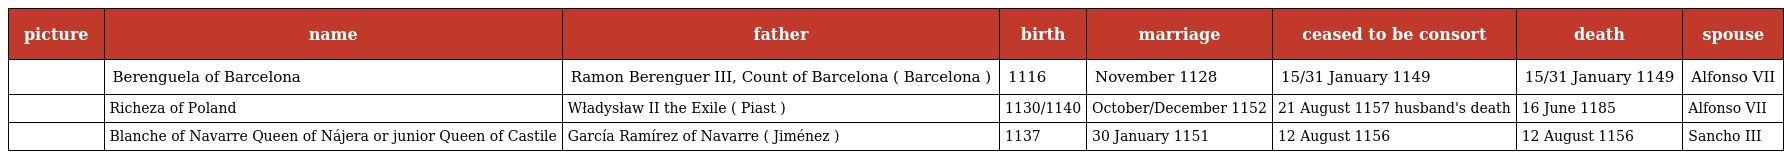
| picture | name | father | birth | marriage | ceased to be consort | death | spouse |
 | --- | --- | --- | --- | --- | --- | --- | --- |
 |  | Berenguela of Barcelona | Ramon Berenguer III, Count of Barcelona ( Barcelona ) | 1116 | November 1128 | 15/31 January 1149 | 15/31 January 1149 | Alfonso VII |
 |  | Richeza of Poland | Władysław II the Exile ( Piast ) | 1130/1140 | October/December 1152 | 21 August 1157 husband's death | 16 June 1185 | Alfonso VII |
 |  | Blanche of Navarre Queen of Nájera or junior Queen of Castile | García Ramírez of Navarre ( Jiménez ) | 1137 | 30 January 1151 | 12 August 1156 | 12 August 1156 | Sancho III |